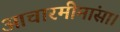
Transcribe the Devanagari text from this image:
आचारमीमांसा।